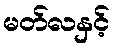
မတ်လနှင့်